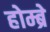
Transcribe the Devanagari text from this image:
होम्ब्रे